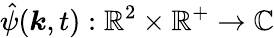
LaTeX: \hat{\psi}(\boldsymbol{k},t):\mathbb{R}^{2}\times\mathbb{R}^{+}\rightarrow\mathbb{C}